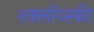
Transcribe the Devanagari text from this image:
श्क्लॉव्स्की